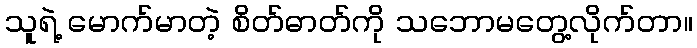
သူရဲ့ မောက်မာတဲ့ စိတ်ဓာတ်ကို သဘောမတွေ့လိုက်တာ။